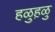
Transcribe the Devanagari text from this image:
हळुह़ळु